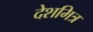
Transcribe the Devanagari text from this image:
देशमित्र